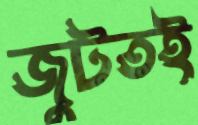
জুটতই